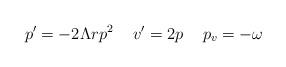
LaTeX: \begin{align*}p^{\prime} = - 2 \Lambda r p^2 \,\,\,\,\,\,\, v^{\prime} = 2 p \,\,\,\,\,\,\, p_v = -\omega\end{align*}